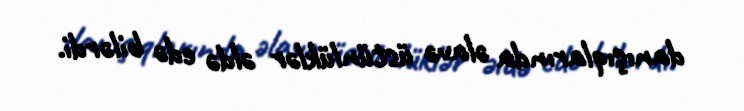
danışıqlarında əlavə üstünlüklər əldə edə bilərdi.